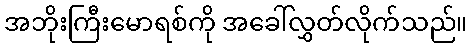
အဘိုးကြီးမောရစ်ကို အခေါ်လွှတ်လိုက်သည်။